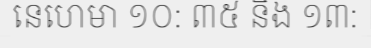
នេហេមា ១០: ៣៥ និង ១៣: